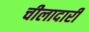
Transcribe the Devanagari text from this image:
चीलादारी